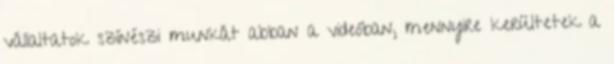
vállaltatok színészi munkát abban a videóban, mennyire kerültetek a